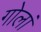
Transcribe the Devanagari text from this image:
गोलां